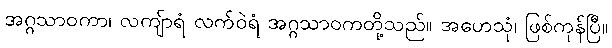
အဂ္ဂသာဝကာ၊ လကျ်ာရံ လက်ဝဲရံ အဂ္ဂသာဝကတို့သည်။ အဟေသုံ၊ ဖြစ်ကုန်ပြီ။